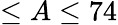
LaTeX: \leq A\leq 74